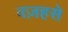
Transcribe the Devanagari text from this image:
वज़हसे